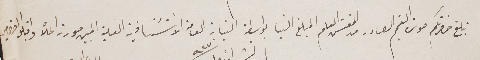
نبلغ حضرتكم صورة التعميم الصادر من المفتش العام المبلغ الينا بواسطة النيابة العامة الاستئنافية العلية المبين صورته اعلاه واقبلو احترامي